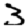
Digit: 3